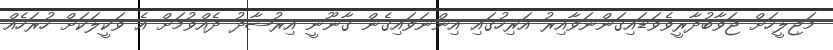
މަޖިލީހަށް ޖަވާބުދާރީވެވަޑައިގަންނަވާއިރު އަރިހުގައި އިންނަވައިގެން ގާނޫނީ އިރުޝާދު ދެއްވުމަށް އެ ވަކީލަކަށް ހުރަހެއް